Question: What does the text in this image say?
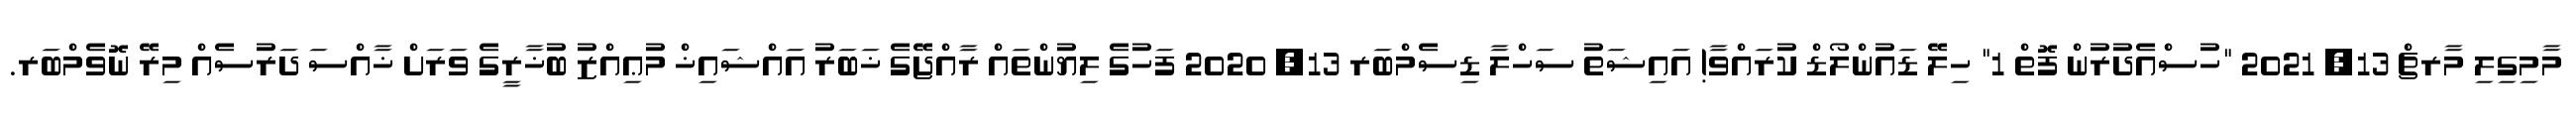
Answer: މާމިގިލި މާރޗް 13, 2021 "ހުސްއެދުރުން ފޮތް 1" ހިލޭ ޑައުންލޯޑް ކުރައްވާ! އައިޝަތު ސަހްލާ ޑިސެމްބަރ 13, 2020 ފަހުގެ ލިޔުންތައް ރާއްޖޭގެ ޚަބަރު އައްޝައިޚް މުޢިއްޒު ބުޚާރީގެ ވަރަށް ޚާއްސަ ދަރުސެއް މިރޭ ނޮވެމްބަރ.